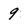
Character: 9